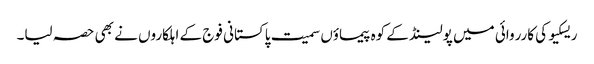
ریسکیو کی کارروائی میں پولینڈ کے کوہ پیماؤں سمیت پاکستانی فوج کے اہلکاروں نے بھی حصہ لیا۔